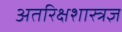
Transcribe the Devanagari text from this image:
अतरिक्षशास्त्रज्ञ